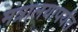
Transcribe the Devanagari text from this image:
मंत्रालयापर्यंत